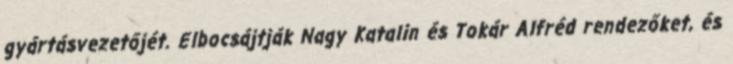
gyártásvezetőjét. Elbocsájtják Nagy Katalin és Tokár Alfréd rendezőket, és